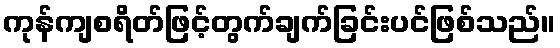
ကုန်ကျစရိတ်ဖြင့်တွက်ချက်ခြင်းပင်ဖြစ်သည်။